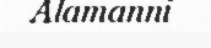
Alamanni